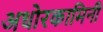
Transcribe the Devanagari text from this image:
अधोरकामिनी